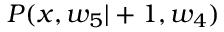
P ( x , w _ { 5 } | + 1 , w _ { 4 } )